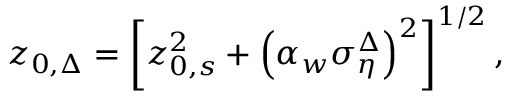
z _ { 0 , \Delta } = \left[ z _ { 0 , s } ^ { 2 } + \left( \alpha _ { w } \sigma _ { \eta } ^ { \Delta } \right) ^ { 2 } \right] ^ { 1 / 2 } ,